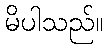
မိပါသည်။